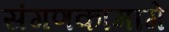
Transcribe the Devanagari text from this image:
संगणकामागे